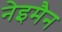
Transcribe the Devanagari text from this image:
नेइमैन